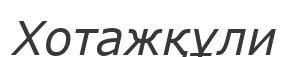
Хотажқұли